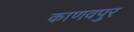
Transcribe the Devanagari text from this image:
काणवपुर